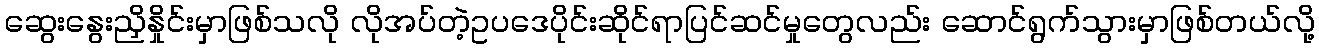
ဆွေးနွေးညှိနှိုင်းမှာဖြစ်သလို လိုအပ်တဲ့ဥပဒေပိုင်းဆိုင်ရာပြင်ဆင်မှုတွေလည်း ဆောင်ရွက်သွားမှာဖြစ်တယ်လို့